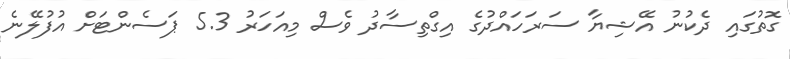
ގޮތުގައި ދެކުނު އޭޝިޔާ ސަރަހައްދުގެ އިގްތިސާދު ވެސް މިއަހަރު 5.3 ޕަސެންޓަށް އުފުލޭނެ